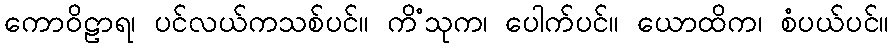
ကောဝိဠာရ၊ ပင်လယ်ကသစ်ပင်။ ကိံသုက၊ ပေါက်ပင်။ ယောထိက၊ စံပယ်ပင်။